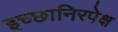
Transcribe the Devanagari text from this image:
इच्छानिरपेक्ष